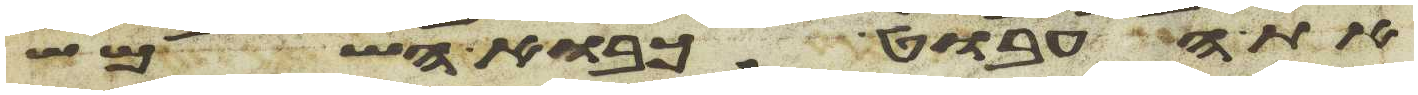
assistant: את העבוט כבוא השמש